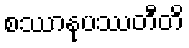
စဿာနုပဿတီတိ